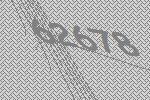
62678